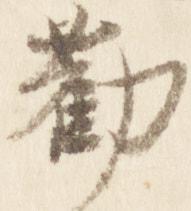
勤